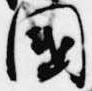
国